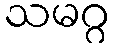
သမဂ္ဂ